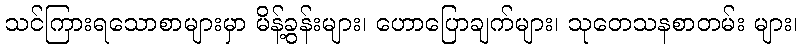
သင်ကြားရသောစာများမှာ မိန့်ခွန်းများ၊ ဟောပြောချက်များ၊ သုတေသနစာတမ်း များ၊